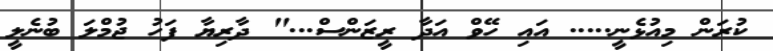
ކުރަން މިއުޅެނީ..... އައި ހޭވް އަދާ ރީޒަންސް..." ދާރިޔާ ފަހު ޖުމްލަ ބުނެލީ